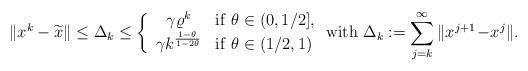
LaTeX: \begin{align*}\|x^k-\widetilde{x}\|\le\Delta_k\le\left\{\begin{array}{cl}\gamma\varrho^{k} &{\rm if}\ \theta\in(0,1/2],\\\gamma k^{\frac{1-\theta}{1-2\theta}}&{\rm if}\ \theta\in(1/2,1)\end{array}\right.{\rm with}\ \Delta_k:=\sum_{j=k}^{\infty}\|x^{j+1}\!-\!x^j\|.\end{align*}